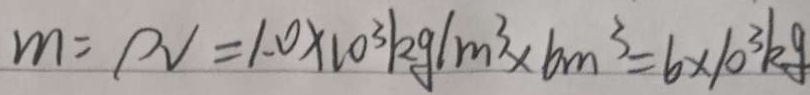
m = p v = 1 . 0 \times 1 0 ^ { 3 } k g / m ^ { 3 } \times 6 m ^ { 3 } = 6 \times 1 0 ^ { 3 } k g